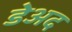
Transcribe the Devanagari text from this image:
डेअद